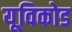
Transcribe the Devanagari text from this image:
यूविकोड